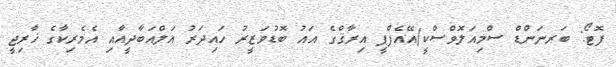
ފޮޓޯ: ބަރނަންޑް ސްމިއަލޮވްސްކީ/އޭއެފްޕީ އިރާޤްގެ އައު ބޮޑުވަޒީރު ހައިދަރު އަލްއަބާދީއާއި އެމެރިކާގެ ޚާރިޖީ